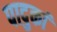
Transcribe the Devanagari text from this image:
पादुकां